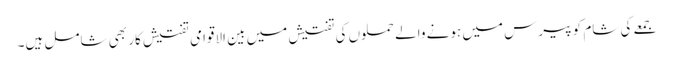
جمعے کی شام کو پیرس میں ہونے والے حملوں کی تفتیش میں بین الاقوامی تفتیش کار بھی شامل ہیں۔